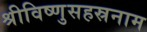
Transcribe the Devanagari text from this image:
श्रीविष्णुसहस्रनाम